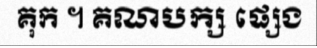
គុក ។ គណបក្ស ផ្សេង